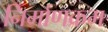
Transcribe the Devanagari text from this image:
निर्माणक्रम